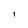
Character: I